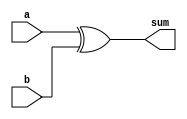
module modulo_2_adder (
  input [3:0] a,
  input [3:0] b,
  output [3:0] sum
);

  assign sum = a ^ b;

endmodule  


module test_modulo_2_adder;

  reg [3:0] a, b;
  wire [3:0] sum;

  modulo_2_adder adder (
    .a(a),
    .b(b),
    .sum(sum)
  );

  initial begin
    a = 4'b1011;
    b = 4'b0101;

    #10;

    $display("sum = %b", sum);
  end

endmodule